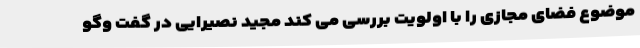
موضوع فضای مجازی را با اولویت بررسی می کند مجید نصیرایی در گفت وگو